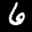
Label: 6